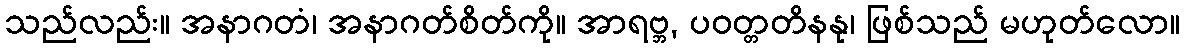
သည်လည်း။ အနာဂတံ၊ အနာဂတ်စိတ်ကို။ အာရဗ္ဘ, ပဝတ္တတိနနု၊ ဖြစ်သည် မဟုတ်လော။